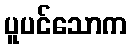
ပူပင်သောက